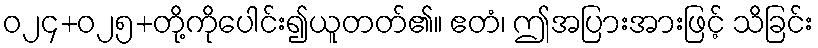
ဝ၂၄+၀၂၅+တို့ကိုပေါင်း၍ယူတတ်၏။ ဧတံ၊ ဤအပြားအားဖြင့် သိခြင်း